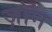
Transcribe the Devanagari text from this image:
ज़ॉन